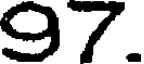
97.